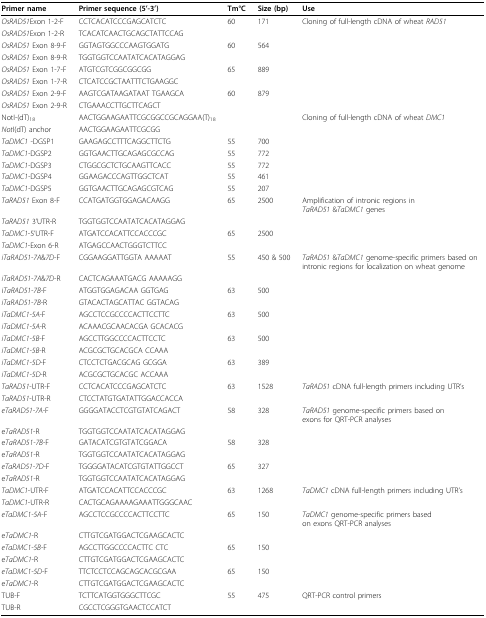
<table><thead><tr><td><b>Primer name</b></td><td><b>Primer sequence (5&#x27;-3&#x27;)</b></td><td><b>Tm°C</b></td><td><b>Size (bp)</b></td><td><b>Use</b></td></tr></thead><tbody><tr><td><i>OsRAD51</i>Exon 1-2-F</td><td>CCTCACATCCCGAGCATCTC</td><td>60</td><td>171</td><td>Cloning of full-length cDNA of wheat <i>RAD51</i></td></tr><tr><td><i>OsRAD51</i>Exon 1-2-R</td><td>TCACATCAACTGCAGCTATTCCAG</td><td></td><td></td><td></td></tr><tr><td><i>OsRAD51 </i>Exon 8-9-F</td><td>GGTAGTGGCCCAAGTGGATG</td><td>60</td><td>564</td><td></td></tr><tr><td><i>OsRAD51 </i>Exon 8-9-R</td><td>TGGTGGTCCAATATCACATAGGAG</td><td></td><td></td><td></td></tr><tr><td><i>OsRAD51 </i>Exon 1-7-F</td><td>ATGTCGTCGGCGGCGG</td><td>65</td><td>889</td><td></td></tr><tr><td><i>OsRAD51 </i>Exon 1-7-R</td><td>CTCATCCGCTAATTTCTGAAGGC</td><td></td><td></td><td></td></tr><tr><td><i>OsRAD51 </i>Exon 2-9-F</td><td>AAGTCGATAAGATAAT TGAAGCA</td><td>60</td><td>879</td><td></td></tr><tr><td><i>OsRAD51 </i>Exon 2-9-R</td><td>CTGAAACCTTGCTTCAGCT</td><td></td><td></td><td></td></tr><tr><td>NotI-(dT)<sub>18</sub></td><td>AACTGGAAGAATTCGCGGCCGCAGGAA(T)<sub>18</sub></td><td></td><td></td><td>Cloning of full-length cDNA of wheat <i>DMC1</i></td></tr><tr><td><i>Not</i>I(dT) anchor</td><td>AACTGGAAGAATTCGCGG</td><td></td><td></td><td></td></tr><tr><td><i>TaDMC1 </i>-DGSP1</td><td>GAAGAGCCTTTCAGGCTTCTG</td><td>55</td><td>700</td><td></td></tr><tr><td><i>TaDMC1-</i>DGSP2</td><td>GGTGAACTTGCAGAGCGCCAG</td><td>55</td><td>772</td><td></td></tr><tr><td><i>TaDMC1-</i>DGSP3</td><td>CTGGCGCTCTGCAAGTTCACC</td><td>55</td><td>772</td><td></td></tr><tr><td><i>TaDMC1-</i>DGSP4</td><td>GGAAGACCCAGTTGGCTCAT</td><td>55</td><td>461</td><td></td></tr><tr><td><i>TaDMC1-</i>DGSP5</td><td>GGTGAACTTGCAGAGCGTCAG</td><td>55</td><td>207</td><td></td></tr><tr><td><i>TaRAD51 </i>Exon 8-F</td><td>CCATGATGGTGGAGACAAGG</td><td>65</td><td>2500</td><td>Amplification of intronic regions in <i>TaRAD51 </i>&amp;<i>TaDMC1 </i>genes</td></tr><tr><td><i>TaRAD51 </i>3&#x27;UTR-R</td><td>TGGTGGTCCAATATCACATAGGAG</td><td></td><td></td><td></td></tr><tr><td><i>TaDMC1</i>-5&#x27;UTR-F</td><td>ATGATCCACATTCCACCCGC</td><td>65</td><td>2500</td><td></td></tr><tr><td><i>TaDMC1</i>-Exon 6-R</td><td>ATGAGCCAACTGGGTCTTCC</td><td></td><td></td><td></td></tr><tr><td><i>iTaRAD51-7A</i>&amp;<i>7D</i>-F</td><td>CGGAAGGATTGGTA AAAAAT</td><td>55</td><td>450 &amp; 500</td><td><i>TaRAD51 </i>&amp;<i>TaDMC1 </i>genome-specific primers based on intronic regions for localization on wheat genome</td></tr><tr><td><i>iTaRAD51-7A</i>&amp;<i>7D</i>-R</td><td>CACTCAGAAATGACG AAAAAGG</td><td></td><td></td><td></td></tr><tr><td>i<i>TaRAD51-7B</i>-F</td><td>ATGGTGGAGACAA GGTGAG</td><td>63</td><td>500</td><td></td></tr><tr><td><i>iTaRAD51-7B</i>-R</td><td>GTACACTAGCATTAC GGTACAG</td><td></td><td></td><td></td></tr><tr><td><i>iTaDMC1-5A</i>-F</td><td>AGCCTCCGCCCCACTTCCTTC</td><td>63</td><td>500</td><td></td></tr><tr><td><i>iTaDMC1-5A</i>-R</td><td>ACAAACGCAACACGA GCACACG</td><td></td><td></td><td></td></tr><tr><td><i>iTaDMC1-5B</i>-F</td><td>AGCCTTGGCCCCACTTCCTC</td><td>63</td><td>500</td><td></td></tr><tr><td><i>iTaDMC1-5B</i>-R</td><td>ACGCGCTGCACGCA CCAAA</td><td></td><td></td><td></td></tr><tr><td><i>iTaDMC1-5D</i>-F</td><td>CTCCTCTGACGCAG GCGGA</td><td>63</td><td>389</td><td></td></tr><tr><td><i>iTaDMC1-5D</i>-R</td><td>ACGCGCTGCACGC ACCAAA</td><td></td><td></td><td></td></tr><tr><td><i>TaRAD51</i>-UTR-F</td><td>CCTCACATCCCGAGCATCTC</td><td>63</td><td>1528</td><td><i>TaRAD51 </i>cDNA full-length primers including UTR&#x27;s</td></tr><tr><td><i>TaRAD51</i>-UTR-R</td><td>CTCCTATGTGATATTGGACCACCA</td><td></td><td></td><td></td></tr><tr><td><i>eTaRAD51-7A</i>-F</td><td>GGGGATACCTCGTGTATCAGACT</td><td>58</td><td>328</td><td><i>TaRAD51 </i>genome-specific primers based on exons for QRT-PCR analyses</td></tr><tr><td>e<i>TaRAD51</i>-R</td><td>TGGTGGTCCAATATCACATAGGAG</td><td></td><td></td><td></td></tr><tr><td>e<i>TaRAD51-7B</i>-F</td><td>GATACATCGTGTATCGGACA</td><td>58</td><td>328</td><td></td></tr><tr><td>e<i>TaRAD51-</i>R</td><td>TGGTGGTCCAATATCACATAGGAG</td><td></td><td></td><td></td></tr><tr><td><i>eTaRAD51-7D</i>-F</td><td>TGGGGATACATCGTGTATTGGCCT</td><td>65</td><td>327</td><td></td></tr><tr><td>e<i>TaRAD51-</i>R</td><td>TGGTGGTCCAATATCACATAGGAG</td><td></td><td></td><td></td></tr><tr><td><i>TaDMC1</i>-UTR-F</td><td>ATGATCCACATTCCACCCGC</td><td>63</td><td>1268</td><td><i>TaDMC1 </i>cDNA full-length primers including UTR&#x27;s</td></tr><tr><td><i>TaDMC1</i>-UTR-R</td><td>CACTGCAGAAAAGAAATTGGGCAAC</td><td></td><td></td><td></td></tr><tr><td><i>eTaDMC1-5A</i>-F</td><td>AGCCTCCGCCCCACTTCCTTC</td><td>65</td><td>150</td><td><i>TaDMC1 </i>genome-specific primers based on exons QRT-PCR analyses</td></tr><tr><td>e<i>TaDMC1</i>-R</td><td>CTTGTCGATGGACTCGAAGCACTC</td><td></td><td></td><td></td></tr><tr><td><i>eTaDMC1-5B</i>-F</td><td>AGCCTTGGCCCCACTTC CTC</td><td>65</td><td>150</td><td></td></tr><tr><td>e<i>TaDMC1</i>-R</td><td>CTTGTCGATGGACTCGAAGCACTC</td><td></td><td></td><td></td></tr><tr><td><i>eTaDMC1-5D</i>-F</td><td>TTCTCCTCCAGCAGCACGCGAA</td><td>65</td><td>150</td><td></td></tr><tr><td>e<i>TaDMC1</i>-R</td><td>CTTGTCGATGGACTCGAAGCACTC</td><td></td><td></td><td></td></tr><tr><td>TUB-F</td><td>TCTTCATGGTGGGCTTCGC</td><td>55</td><td>475</td><td>QRT-PCR control primers</td></tr><tr><td>TUB-R</td><td>CGCCTCGGGTGAACTCCATCT</td><td></td><td></td><td></td></tr></tbody></table>